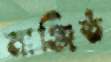
মাঞ্জিষ্ঠ